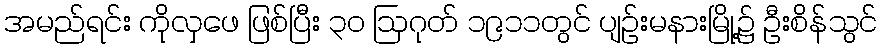
အမည်ရင်း ကိုလှဖေ ဖြစ်ပြီး ၃၀ ဩဂုတ် ၁၉၁၁တွင် ပျဉ်းမနားမြို့၌ ဦးစိန်သွင်